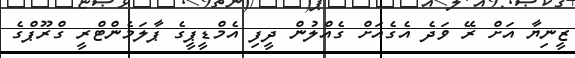
ޒީނިޔާ އަށް ރޭ ވަދެ އެގެއަށް ގެއްލުން ދީފި އެމްޑީޕީގެ ޕާލަމެންޓްރީ ގްރޫޕްގެ